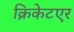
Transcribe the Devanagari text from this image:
क्रिकेटएर